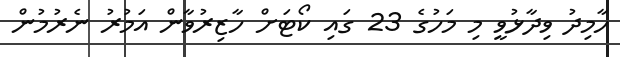
ހާމިދު ވިދާޅުވީ މި މަހުގެ 23 ގައި ކޯޓަށް ހާޒިރުވާން އަމުރު ނެރުމުން